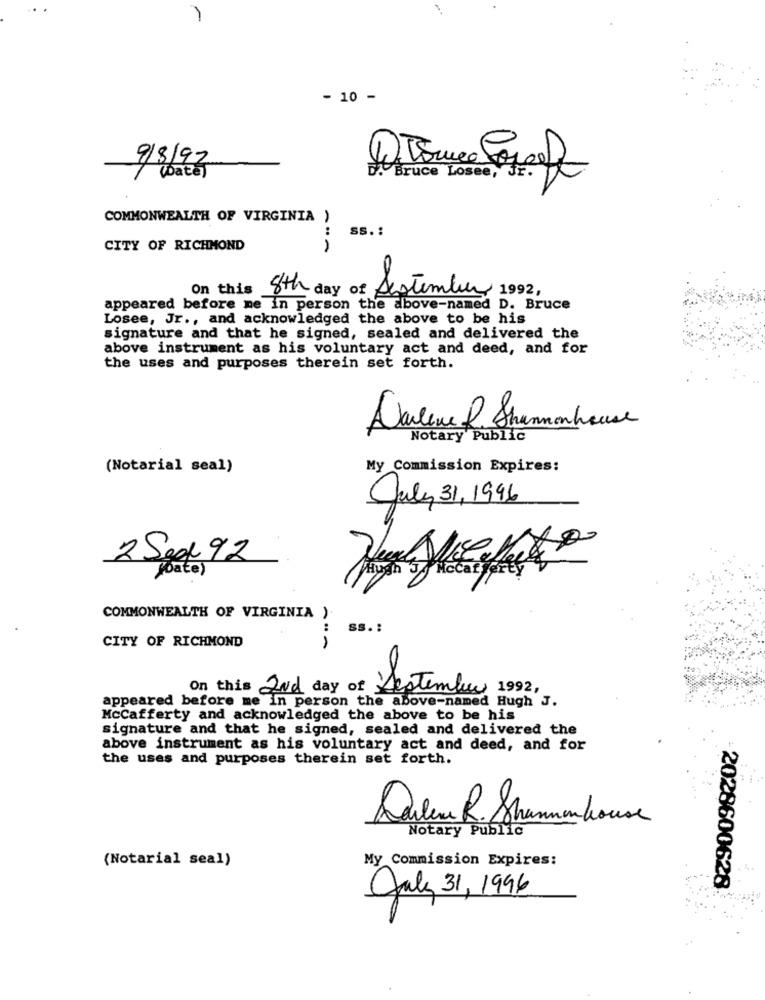
- 10 -
9/8/92
(Date]
. Bruce Losee, JF.
COMMONWEALTH OF VIRGINIA )
:
Ss. :
CITY OF RICHMOND
0
On this
8th day of September 1992,
appeared before me in person the above-named D. Bruce
Losee, Jr ., and acknowledged the above to be his
signature and that he signed, sealed and delivered the
above instrument as his voluntary act and deed, and for
the uses and purposes therein set forth.
Darlene R. Shannonhouse
Notary Public
(Notarial seal)
My Commission Expires:
July 31, 1996
2 Seg 92
yate)
Mocat party
COMMONWEALTH OF VIRGINIA )
Ss. :
CITY OF RICHMOND
.. .
On this and day of
Jestembey 1992,
appeared before me in person the above-named Hugh J.
McCafferty and acknowledged the above to be his
signature and that he signed, sealed and delivered the
above instrument as his voluntary act and deed, and for
the uses and purposes therein set forth.
Douleur R. Shammer house
Notary Public
(Notarial seal)
My Commission Expires:
July 31, 1996
2028600628